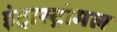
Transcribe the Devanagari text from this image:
इंट्रास्ट्रोमल